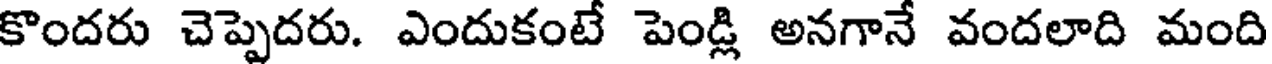
కొందరు చెప్పెదరు. ఎందుకంటే పెండ్లి అనగానే వందలాది మంది